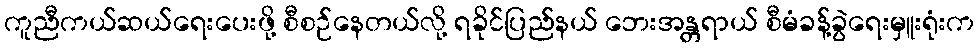
ကူညီကယ်ဆယ်ရေးပေးဖို့ စီစဉ်နေတယ်လို့ ရခိုင်ပြည်နယ် ဘေးအန္တရာယ် စီမံခန့်ခွဲရေးမှူးရုံးက